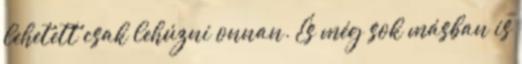
lehetett csak lehúzni onnan. És még sok másban is